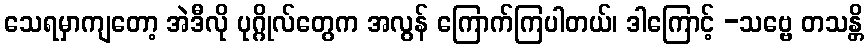
သေရမှာကျတော့ အဲဒီလို ပုဂ္ဂိုလ်တွေက အလွန် ကြောက်ကြပါတယ်၊ ဒါကြောင့် -သဗ္ဗေ တသန္တိ